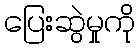
ပြေးဆွဲမှုကို